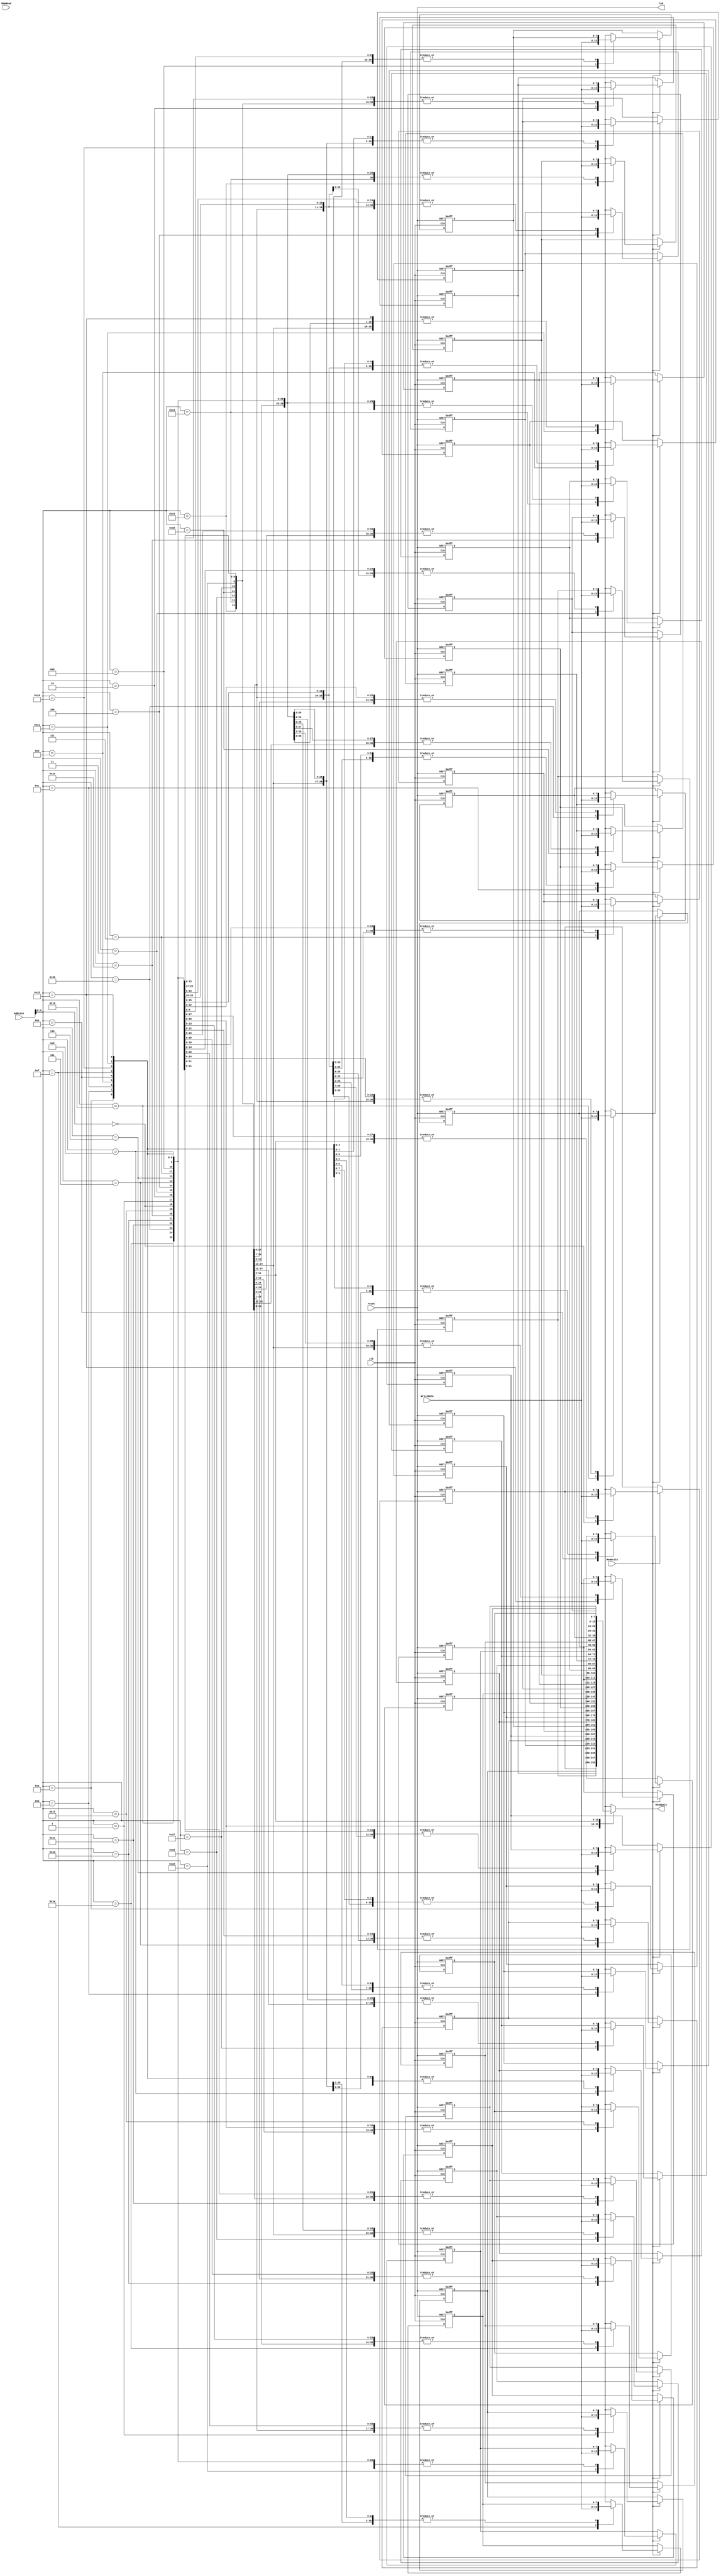
`timescale 1ns / 1ps
//////////////////////////////////////////////////////////////////////////////////
// Company: 
// Engineer: 
// 
// Design Name: 
// Module Name:    DataMemory 
// Project Name: 
// Target Devices: 
// Tool versions: 
// Description: 
//
// Dependencies: 
//
// Revision: 
// Revision 0.01 - File Created
// Additional Comments: 
//
//////////////////////////////////////////////////////////////////////////////////
module DataMemory(
    input [7:0] Address,
    input [7:0] WriteData,
    input MemRead,
    input MemWrite,
	 input reset,
	 input clk,
    output [7:0] ReadData,
	 output led
    );
	 
	 assign led = reset;
	 reg [7:0] data [31:0];
	 initial begin
		data[0] = 8'd0;
		data[1] = 8'd1;
		data[2] = 8'd2;
		data[3] = 8'd3;
		data[4] = 8'd4;
		data[5] = 8'd5;
		data[6] = 8'd6;
		data[7] = 8'd7;
		data[8] = 8'd8;
		data[9] = 8'd9;
		data[10] = 8'd10;
		data[11] = 8'd11;
		data[12] = 8'd12;
		data[13] = 8'd13;
		data[14] = 8'd14;
		data[15] = 8'd15;
		data[16] = 8'd0;
		data[17] = 8'b11111111;
		data[18] = 8'b11111110;
		data[19] = 8'b11111101;
		data[20] = 8'b11111100;
		data[21] = 8'b11111011;
		data[22] = 8'b11111010;
		data[23] = 8'b11111001;
		data[24] = 8'b11111000;
		data[25] = 8'b11110111;
		data[26] = 8'b11110110;
		data[27] = 8'b11110101;
		data[28] = 8'b11110100;
		data[29] = 8'b11110011;
		data[30] = 8'b11110010;
		data[31] = 8'b11110001;
	end
	
	always @(posedge reset or posedge clk) begin
		if(reset==1) begin
			data[0] = 8'd0;
			data[1] = 8'd1;
			data[2] = 8'd2;
			data[3] = 8'd3;
			data[4] = 8'd4;
			data[5] = 8'd5;
			data[6] = 8'd6;
			data[7] = 8'd7;
			data[8] = 8'd8;
			data[9] = 8'd9;
			data[10] = 8'd10;
			data[11] = 8'd11;
			data[12] = 8'd12;
			data[13] = 8'd13;
			data[14] = 8'd14;
			data[15] = 8'd15;
			data[16] = 8'd0;
			data[17] = 8'b11111111;
			data[18] = 8'b11111110;
			data[19] = 8'b11111101;
			data[20] = 8'b11111100;
			data[21] = 8'b11111011;
			data[22] = 8'b11111010;
			data[23] = 8'b11111001;
			data[24] = 8'b11111000;
			data[25] = 8'b11110111;
			data[26] = 8'b11110110;
			data[27] = 8'b11110101;
			data[28] = 8'b11110100;
			data[29] = 8'b11110011;
			data[30] = 8'b11110010;
			data[31] = 8'b11110001;
		end
		else if(MemWrite==1) begin
			data[Address] = WriteData;
		end
	end
	assign ReadData = data[Address];
endmodule